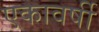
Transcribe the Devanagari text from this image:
एकावर्षी